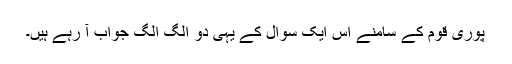
پوری قوم کے سامنے اس ایک سوال کے یہی دو الگ الگ جواب آ رہے ہیں۔